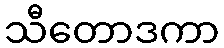
သီတောဒကာ